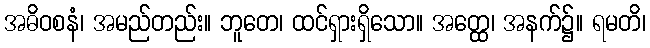
အဓိဝစနံ၊ အမည်တည်း။ ဘူတေ၊ ထင်ရှားရှိသော။ အတ္ထေ၊ အနက်၌။ ရမတိ၊